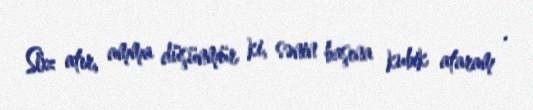
Söz atır, amma düşünmür ki, sənin başına kubik ataram .